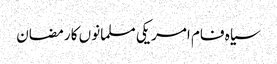
سیاہ فام امریکی مسلمانوں کا رمضان